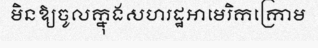
មិនឱ្យចូលក្នុងសហរដ្ឋអាមេរិកក្រោម